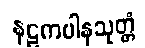
နဠကပါနသုတ္တံ